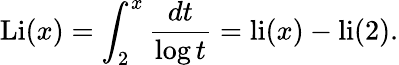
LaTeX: \operatorname{Li}(x)=\int_{2}^{x}{\frac{dt}{\log t}}=\operatorname{li}(x)-\operatorname{li}(2).